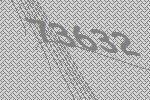
73632